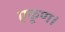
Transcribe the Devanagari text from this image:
एकूण।